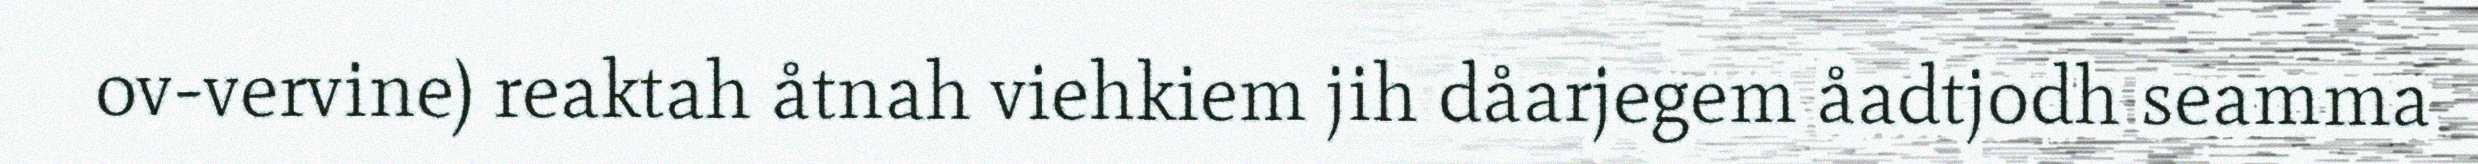
ov-vervine) reaktah åtnah viehkiem jih dåarjegem åadtjodh seamma